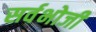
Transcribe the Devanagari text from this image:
सर्वभोजी